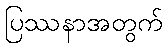
ပြဿနာအတွက်